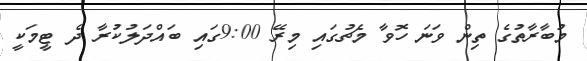
މުބާރާތުގެ ތިން ވަނަ ހޮވާ މެޗުގައި މިރޭ 9:00ގައި ބައްދަލުކުރާ ދެ ޓީމަކީ